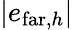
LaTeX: |e_{\mathrm{far},h}|